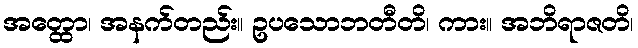
အတ္ထော၊ အနက်တည်း။ ဥပသောဘတီတိ၊ ကား။ အဘိရာဇတိ၊